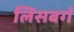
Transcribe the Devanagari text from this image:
लिसबर्ग